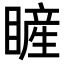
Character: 𥊓